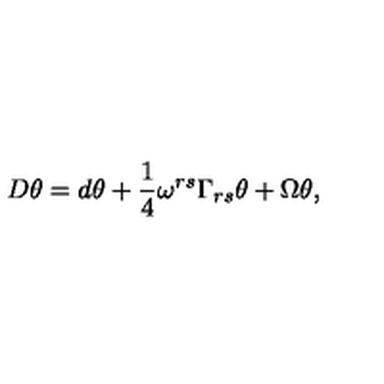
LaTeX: D \theta = d \theta + \frac { 1 } { 4 } \omega ^ { r s } \Gamma _ { r s } \theta + \Omega \theta ,